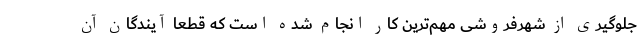
جلوگیری از شهرفروشی مهم‌ترین کار انجام شده است که قطعاً آیندگان آن